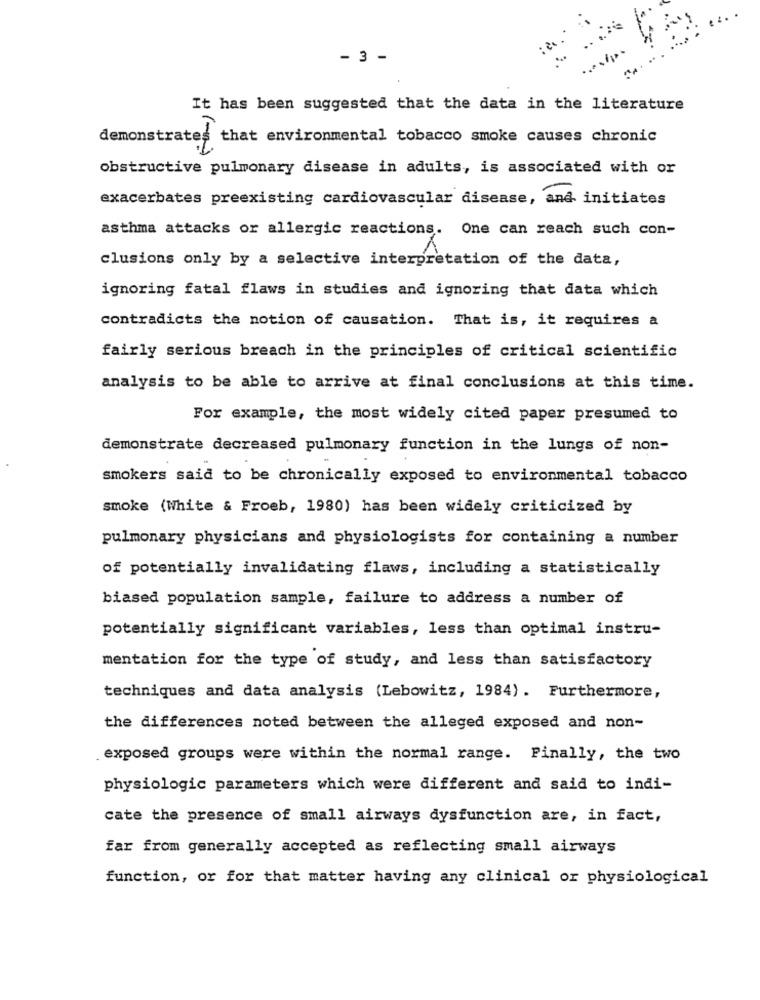
- 3 -
It has been suggested that the data in the literature
demonstrates that environmental tobacco smoke causes chronic
obstructive pulmonary disease in adults, is associated with or
exacerbates preexisting cardiovascular disease, and initiates
asthma attacks or allergic reactions. One can reach such con-
clusions only by a selective interpretation of the data,
ignoring fatal flaws in studies and ignoring that data which
contradicts the notion of causation. That is, it requires a
fairly serious breach in the principles of critical scientific
analysis to be able to arrive at final conclusions at this time.
For example, the most widely cited paper presumed to
demonstrate decreased pulmonary function in the lungs of non-
smokers said to be chronically exposed to environmental tobacco
smoke (White & Froeb, 1980) has been widely criticized by
pulmonary physicians and physiologists for containing a number
of potentially invalidating flaws, including a statistically
biased population sample, failure to address a number of
potentially significant variables, less than optimal instru-
mentation for the type of study, and less than satisfactory
techniques and data analysis (Lebowitz, 1984). Furthermore,
the differences noted between the alleged exposed and non-
exposed groups were within the normal range. Finally, the two
physiologic parameters which were different and said to indi-
cate the presence of small airways dysfunction are, in fact,
far from generally accepted as reflecting small airways
function, or for that matter having any clinical or physiological